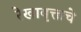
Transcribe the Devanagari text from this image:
रेखावृत्ताचे